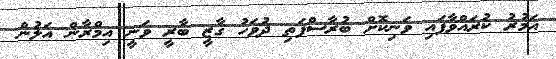
އަމުރު ކުރައްވާފައި ވަނިކޮށް ބުރާސްފަތި ދުވަހު ގާޒީ ބާރީ ވަނީ އިމްރާން އަލުން